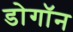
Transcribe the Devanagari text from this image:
डोगॉन